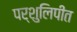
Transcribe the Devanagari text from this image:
पर्शुलिपीत